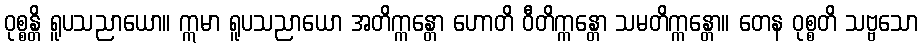
ဝုစ္စန္တိ ရူပသညာယော။ ဣမာ ရူပသညာယော အတိက္ကန္တော ဟောတိ ဝီတိက္ကန္တော သမတိက္ကန္တော။ တေန ဝုစ္စတိ သဗ္ဗသော